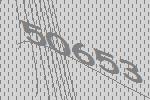
50653